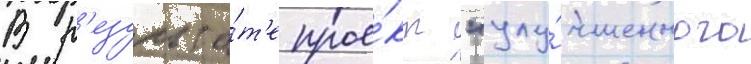
В р'езульта́т'е прое́кт "улу́чшенного